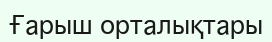
Ғарыш орталықтары